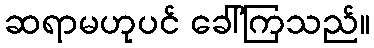
ဆရာမဟုပင် ခေါ်ကြသည်။